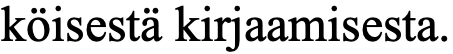
köisestä kirjaamisesta.